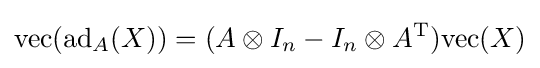
\operatorname {vec} (\operatorname {ad} _{A}(X))=(A\otimes I_{n}-I_{n}\otimes A^{\mathrm {T} }){\text{vec}}(X)